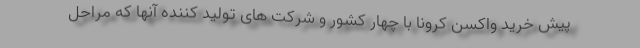
پیش خرید واکسن کرونا با چهار کشور و شرکت های تولید کننده آنها که مراحل